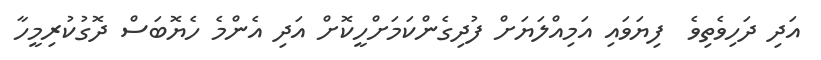
އަދި ދަހިވެތިވެ  ފިޔަވައި އަމިއްލަޔަށް ފުދިގެންކަމަށްހީކޮށް އަދި އެންމެ ހެޔޮބަސް ދޮގުކުރިމީހާ